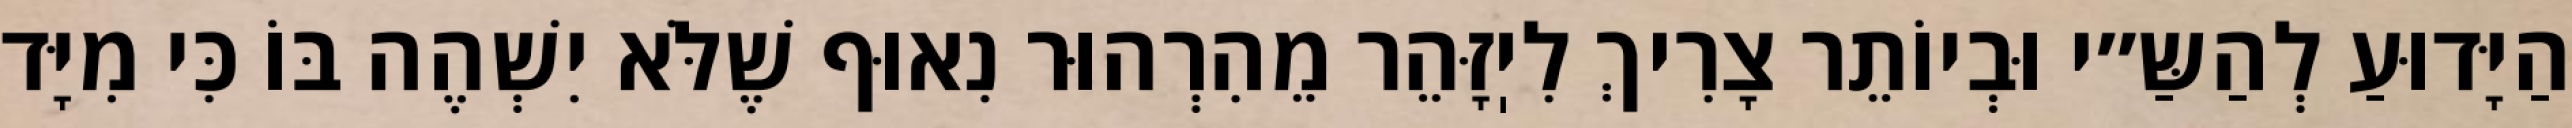
הַיָּדוּעַ לְהַשַּ״י וּבְיוֹתֵר צָרִיךְ לִיֽזָּהֵר מֵהִרְהוּר נִאוּף שֶׁלֹּא יִשְׁהֶה בּוֹ כִּי מִיָּד